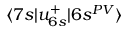
\langle 7 s | u _ { 6 s } ^ { + } | 6 s ^ { P V } \rangle